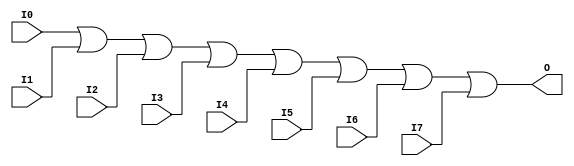
module OR8_HXILINX_wordmatch (O, I0, I1, I2, I3, I4, I5, I6, I7);
    

   output O;

   input I0;
   input I1;
   input I2;
   input I3;
   input I4;
   input I5;
   input I6;
   input I7;

assign O = (I0 || I1 || I2 || I3 || I4 || I5 || I6 || I7);

endmodule